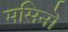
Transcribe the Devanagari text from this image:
मसिनो